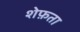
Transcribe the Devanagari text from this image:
शेफ़ता